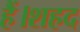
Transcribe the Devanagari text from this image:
हैं।शहद